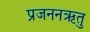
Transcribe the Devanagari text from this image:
प्रजननऋतु